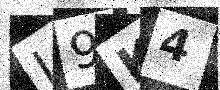
Text: L9K4